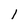
Character: l